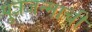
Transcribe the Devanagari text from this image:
पुत्रजन्माची